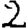
Digit: 2